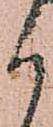
か